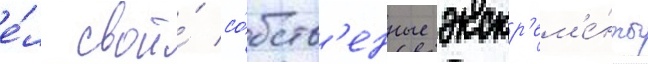
е́л свои́ со́бств'енные экскр'ем'е́нты